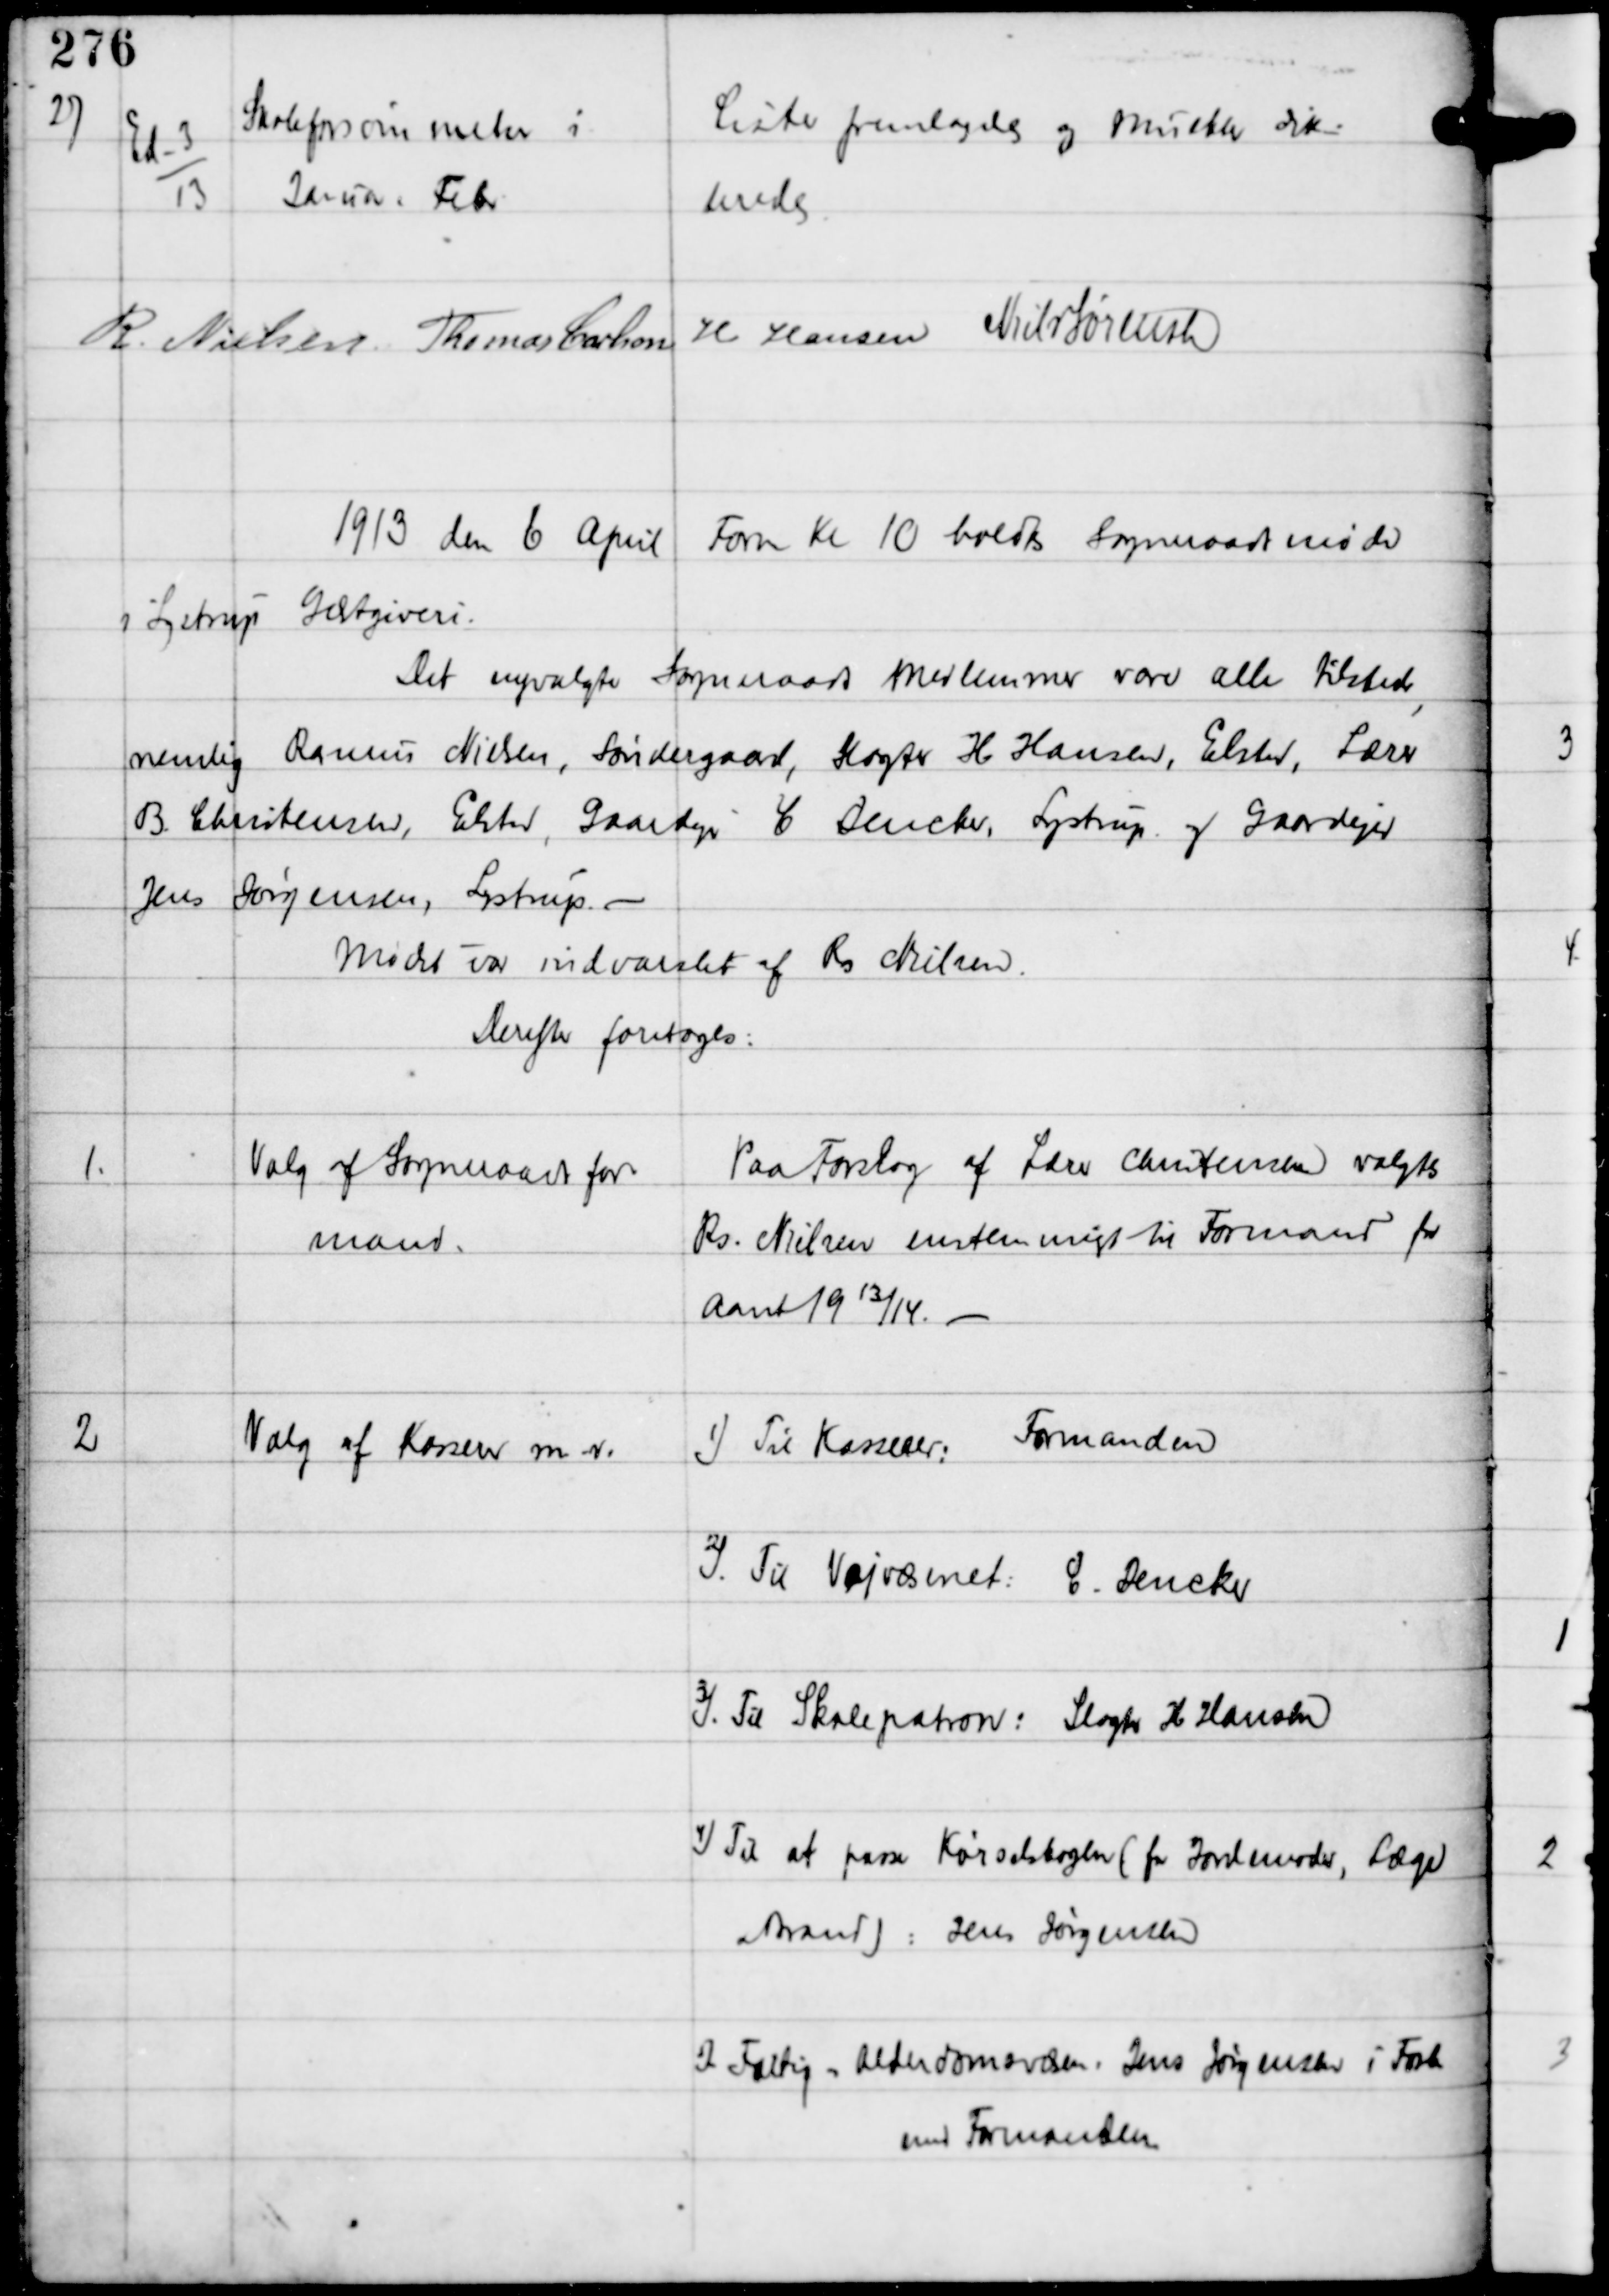
Transskription:
27

Ed-3
13

Skoleforsømmelser i
Januar - Febr

Lister fremlagdes og Mulkter dik-
teredes

R Nielsen Thomas Carlsen H Hansen Niels Sørensen

1913 den 6 April Form Kl 10 holdtes Sogneraadsmøde
i Lystrup Gæstgiveri.
Det nyvalgte Sogneraads Medlemmer vare alle tilstede,
nemlig
Rasmus Nielsen, Søndergaard, Slagter H Hansen, Elsted, Lærer
B Christensen, Elsted, Gaardejer C Dencker, Lystrup og Gaardejer
Jens Jørgensen, Lystrup. -
Mødet var indvarslet af Rs Nielsen.
Derefter foretoges:

1.

Valg af Sogneraadsfor-
mand.

Paa Forslag af Lærer Christensen valgtes
Rs. Nielsen enstemmigt til Formand for
Aaret 1913/14. -

2

Valg af Kasserer m.v.

1) Til Kasserer: Formanden
2) Til Vejvæsenet: C. Dencker
3) Til Skolepatron: Slagter H Hansen
4) Til at passe Kørselsbogen (for Jordmoder, Læge
Brand): Jens Jørgensen
5) Fattig - Alderdomsvæsen: Jens Jørgensen i Forb
med Formanden